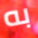
به